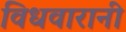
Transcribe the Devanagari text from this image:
विधवारानी